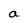
Character: a